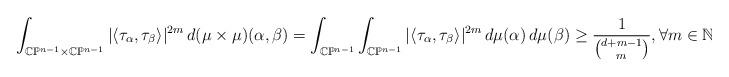
LaTeX: \begin{align*}\int_{\mathbb{C}\mathbb{P}^{n-1}\times\mathbb{C}\mathbb{P}^{n-1}}|\langle \tau_\alpha, \tau_\beta\rangle|^{2m}\, d(\mu\times\mu)(\alpha,\beta)=\int_{\mathbb{C}\mathbb{P}^{n-1}}\int_{\mathbb{C}\mathbb{P}^{n-1}}|\langle \tau_\alpha, \tau_\beta\rangle|^{2m}\, d \mu(\alpha)\, d \mu(\beta)\geq \frac{1}{{d+m-1\choose m}}, \forall m \in \mathbb{N}.\end{align*}